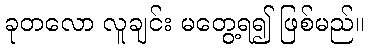
ခုတလော လူချင်း မတွေ့ရ၍ ဖြစ်မည်။